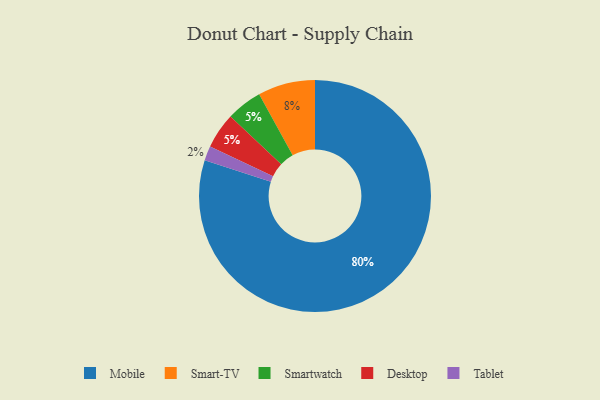
{"axis": {"x": "Category", "y": "Percentage"}, "legend": ["Desktop", "Mobile", "Smart-TV", "Smartwatch", "Tablet"], "data": [{"x": "Smartwatch", "y": 5, "type": "Smartwatch"}, {"x": "Desktop", "y": 5, "type": "Desktop"}, {"x": "Smart-TV", "y": 8, "type": "Smart-TV"}, {"x": "Tablet", "y": 2, "type": "Tablet"}, {"x": "Mobile", "y": 80, "type": "Mobile"}]}